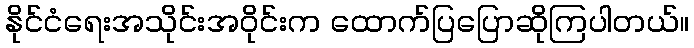
နိုင်ငံရေးအသိုင်းအဝိုင်းက ထောက်ပြပြောဆိုကြပါတယ်။